Plague in India, 1896, 1897 - Volume 1
Year: 1896
Disease focus: Plague
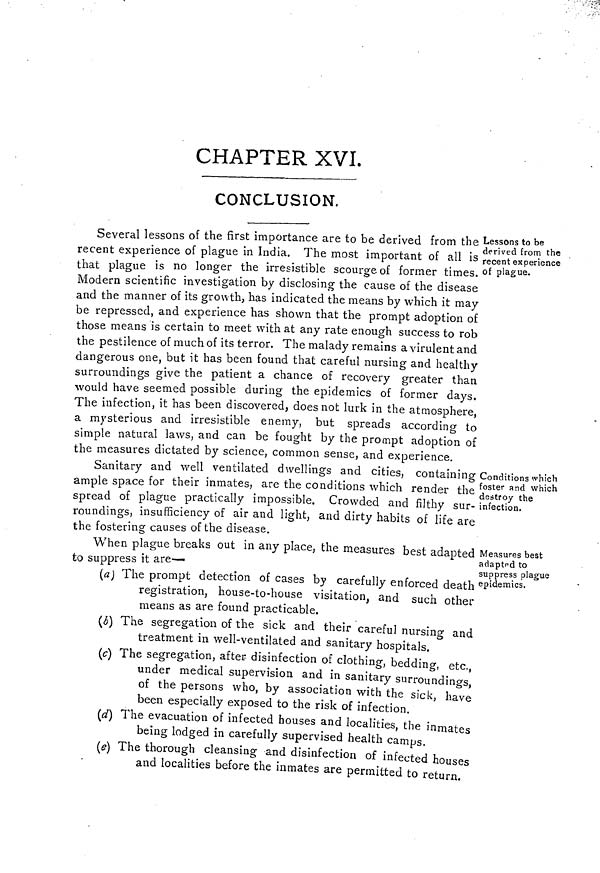
CHAPTER XVI.
CONCLUSION,
Lessons to be
derived from the
recent experience
of plague.
Several lessons of the first importance are to be derived from the I
recent experience of plague in India. The most important of all is
that plague is no longer the irresistible scourge of former times.
Modern scientific investigation by disclosing the cause of the disease
and the manner of its growth, has indicated the means by which it may
be repressed, and experience has shown that the prompt adoption of
those means is certain to meet with at any rate enough success to rob
the pestilence of much of its terror. The malady remains a virulent and
dangerous one, but it has been found that careful nursing and healthy
surroundings give the patient a chance of recovery greater than
would have seemed possible during the epidemics of former days.
The infection, it has been discovered, does not lurk in the atmosphere,
a mysterious and irresistible enemy, but spreads according to
simple natural laws, and can be fought by the prompt adoption of
the measures dictated by science, common sense, and experience.
Conditions which
foster and which
destroy the
infection.
Sanitary and well ventilated dwellings and cities, containing
ample space for their inmates, are the conditions which render the
spread of plague practically impossible. Crowded and filthy sur-
roundings, insufficiency of air and light, and dirty habits of life are
the fostering causes of the disease.
Measures best
adaptpd to
suppress plague
epidemics.
When plague breaks out in any place, the measures best adapted
to suppress it are—
(a) The prompt detection of cases by carefully enforced death
registration, house-to-house visitation, and such other
means as are found practicable.
(b) The segregation of the sick and their careful nursing and
treatment in well-ventilated and sanitary hospitals,
(c) The segregation, after disinfection of clothing, bedding, etc.,
under medical supervision and in sanitary surroundings
of the persons who, by association with the sick, have
been especially exposed to the risk of infection.
(d) The evacuation of infected houses and localities, the inmates
being lodged in carefully supervised health camps.
(e) The thorough cleansing and disinfection of infected houses
and localities before the inmates are permitted to return.